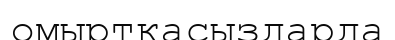
омыртқасыздарда